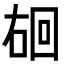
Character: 𪡐